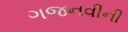
ગજનવીની